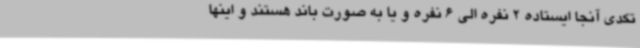
تکدی آنجا ایستاده 2 نفره الی 6 نفره و یا به صورت باند هستند و اینها